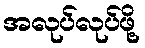
အလုပ်လုပ်ဖို့